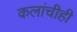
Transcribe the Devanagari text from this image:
कलांचीही